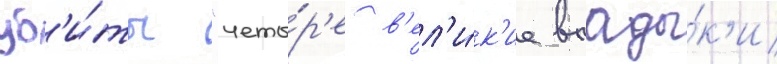
уб'и́ты "четы́р'е в'ел'и́к'ие влады́к'и